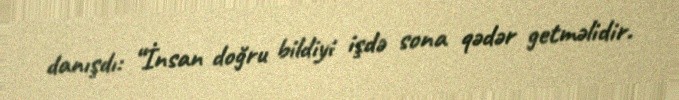
danışdı: “İnsan doğru bildiyi işdə sona qədər getməlidir.